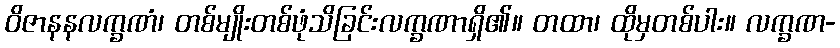
ဝိဇာနနလက္ခဏံ၊ တစ်မျိုးတစ်ဖုံသိခြင်းလက္ခဏာရှိ၏။ တထာ၊ ထိုမှတစ်ပါး။ လက္ခဏ-